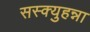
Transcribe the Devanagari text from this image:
सस्क्युहन्ना